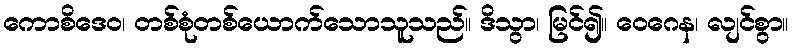
ကောစိဒေဝ၊ တစ်စုံတစ်ယောက်သောသူသည်။ ဒိသွာ၊ မြင်၍။ ဝေဂေန၊ လျင်စွာ။